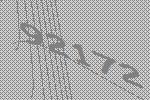
92172